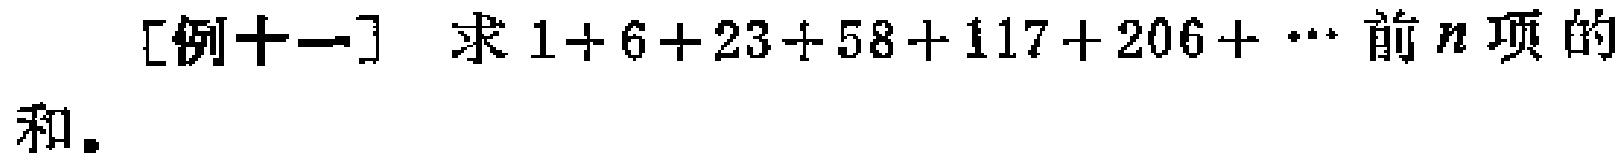
[例十一] 求 \(1 + 6 + 23 + 58 + 117 + 206 + \cdots\) 前 \(n\) 项的和。